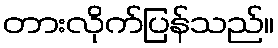
တားလိုက်ပြန်သည်။